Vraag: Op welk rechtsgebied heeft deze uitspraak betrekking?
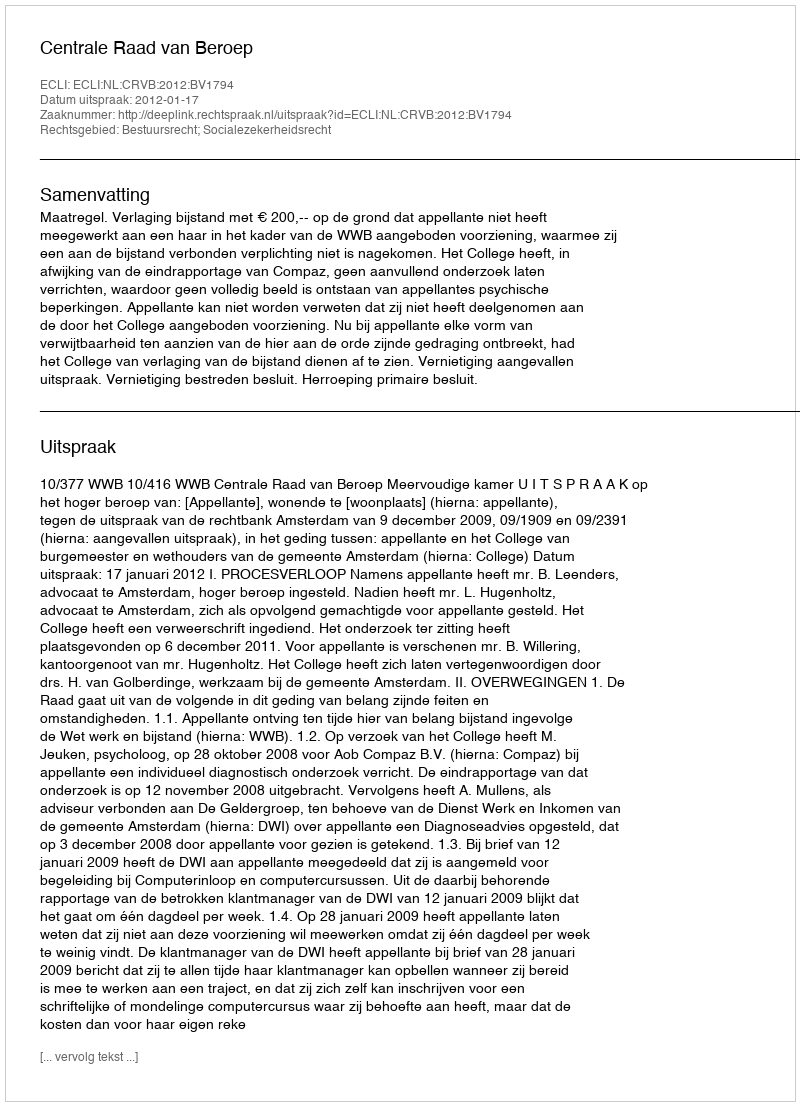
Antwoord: Bestuursrecht; Socialezekerheidsrecht